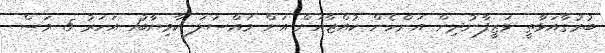
ބުރުގާއަޅާތީ ވަޒީފާނުދިން އަންހެން ކުއްޖާއަށް އަށް މައްސަލަ ކާމިޔާބު1 އަހަރު 5 މަސް